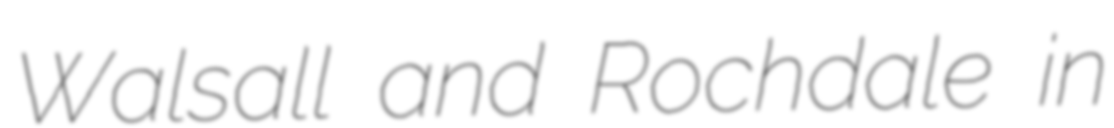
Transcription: Walsall and Rochdale in